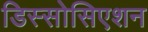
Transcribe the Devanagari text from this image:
डिस्सोसिएशन